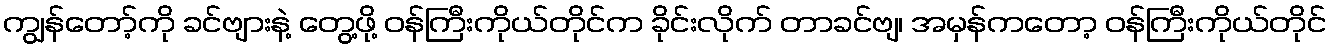
ကျွန်တော့်ကို ခင်ဗျားနဲ့ တွေ့ဖို့ ဝန်ကြီးကိုယ်တိုင်က ခိုင်းလိုက် တာခင်ဗျ၊ အမှန်ကတော့ ဝန်ကြီးကိုယ်တိုင်